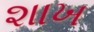
શાખ